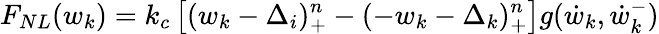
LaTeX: F_{NL}(w_{k})=k_{c}\left[(w_{k}-\Delta_{i})_{+}^{n}-(-w_{k}-\Delta_{k})_{+}^{n}\right]g(\dot{w}_{k},\dot{w}_{k}^{-})